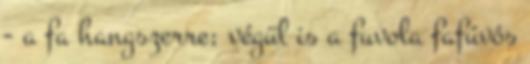
- a fa hangszerre; végül is a fuvola fafúvós